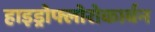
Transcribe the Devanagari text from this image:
हाइड्रोफ्लोरोकार्बन